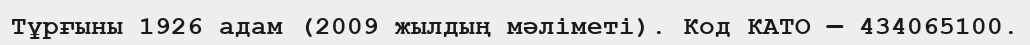
Тұрғыны 1926 адам (2009 жылдың мәліметі). Код КАТО — 434065100.